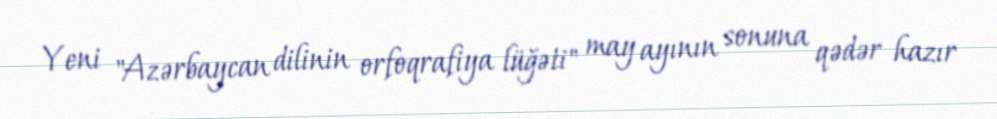
Yeni "Azərbaycan dilinin orfoqrafiya lüğəti" may ayının sonuna qədər hazır